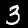
Label: 3